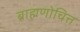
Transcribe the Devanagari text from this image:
ब्राह्मणोचित्त